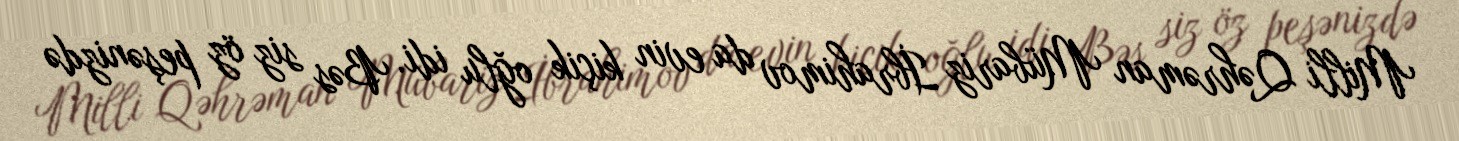
Milli Qəhrəman Mübariz İbrahimov da evin kiçik oğlu idi. Bəs siz öz peşənizdə